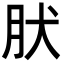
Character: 肰